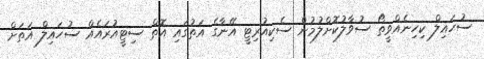
ސުހައިލް ކިހިނެއްވީތޯ ސުވާލުކޮށްލުމުން ސެކިއުރިޓީ އޭނާގެ އަތުގައި އޮތް ސިޓީއުރައެއް ސުހައިލް އަތަށް